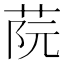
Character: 𦰟